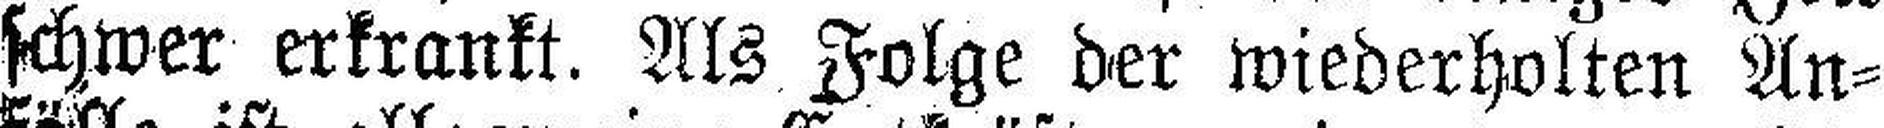
schwer erkrankt. Als Folge der wiederholten An¬